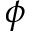
\phi